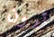
ترون